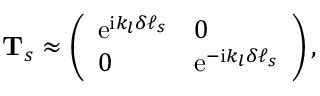
\begin{array} { r } { \mathbf { T } _ { s } \approx \left( \begin{array} { l l } { \mathrm { e } ^ { \mathrm { i } k _ { l } \delta \ell _ { s } } } & { 0 } \\ { 0 } & { \mathrm { e } ^ { - \mathrm { i } k _ { l } \delta \ell _ { s } } } \end{array} \right) , } \end{array}